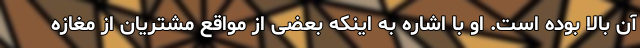
آن بالا بوده است. او با اشاره به اینکه بعضی از مواقع مشتریان از مغازه